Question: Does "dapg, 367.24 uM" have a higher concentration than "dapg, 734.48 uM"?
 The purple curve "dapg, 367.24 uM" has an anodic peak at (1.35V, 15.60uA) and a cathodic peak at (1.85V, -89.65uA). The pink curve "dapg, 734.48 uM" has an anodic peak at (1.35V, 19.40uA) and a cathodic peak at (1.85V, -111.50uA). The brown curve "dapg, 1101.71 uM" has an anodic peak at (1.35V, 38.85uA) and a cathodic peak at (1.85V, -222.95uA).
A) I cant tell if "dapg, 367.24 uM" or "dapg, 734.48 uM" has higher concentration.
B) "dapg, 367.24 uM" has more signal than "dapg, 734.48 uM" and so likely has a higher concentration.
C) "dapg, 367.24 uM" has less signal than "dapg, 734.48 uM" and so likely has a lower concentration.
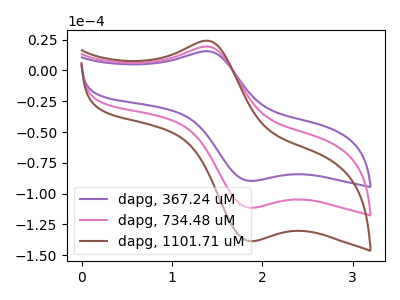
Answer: <think>All the peaks in "dapg, 367.24 uM" have a peak in "dapg, 734.48 uM" at the same potential. Every peak in "dapg, 367.24 uM" is lower than every peak in "dapg, 734.48 uM".
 </think>
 <answer>C) "dapg, 367.24 uM" has less signal than "dapg, 734.48 uM" and so likely has a lower concentration.</answer>
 <eval>C</eval>